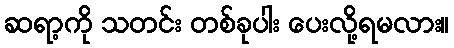
ဆရာ့ကို သတင်း တစ်ခုပါး ပေးလို့ရမလား။